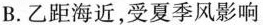
B. 乙距海近，受夏季风影响